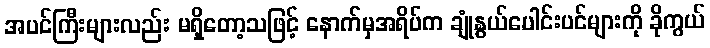
အပင်ကြီးများလည်း မရှိတော့သဖြင့် နောက်မှအရိပ်က ချုံနွယ်ပေါင်းပင်များကို ခိုကွယ်